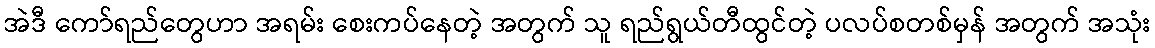
အဲဒီ ကော်ရည်တွေဟာ အရမ်း စေးကပ်နေတဲ့ အတွက် သူ ရည်ရွယ်တီထွင်တဲ့ ပလပ်စတစ်မှန် အတွက် အသုံး